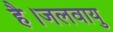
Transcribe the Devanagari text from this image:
है।जलवायु